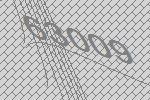
63009